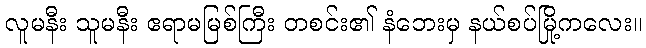
လူမနီး သူမနီး ဧရာမမြစ်ကြီး တစင်း၏ နံဘေးမှ နယ်စပ်မြို့ကလေး။